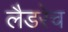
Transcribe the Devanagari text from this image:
लैडरेच